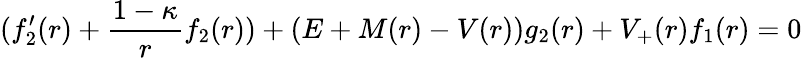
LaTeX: (f_{2}^{\prime}(r)+\frac{1-\kappa}{r}f_{2}(r))+(E+M(r)-V(r))g_{2}(r)+V_{+}(r)f_{1}(r)=0